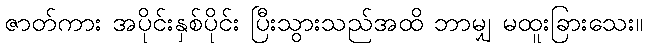
ဇာတ်ကား အပိုင်းနှစ်ပိုင်း ပြီးသွားသည်အထိ ဘာမျှ မထူးခြားသေး။